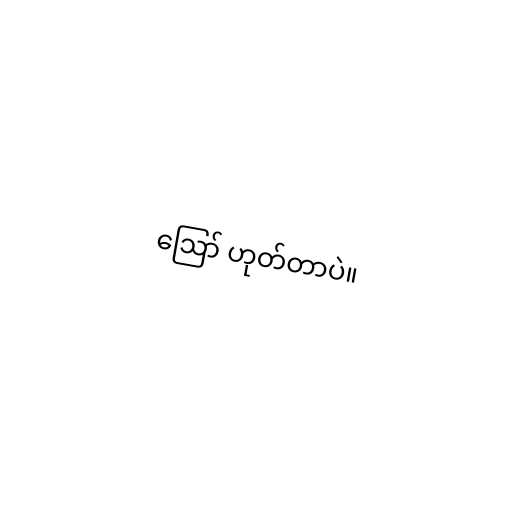
ဪ ဟုတ်တာပဲ။